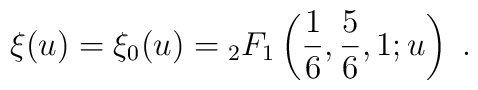
\xi(u)= {\xi }_0(u)= \null_2 F_1\left(\frac{1}{6},\frac{5}{6},1 ;u\right) \ .